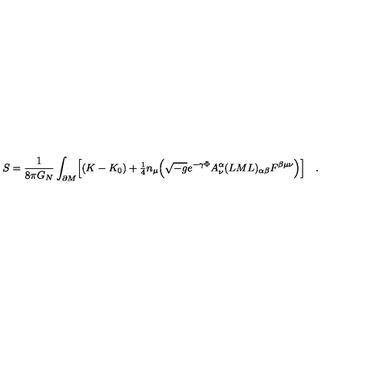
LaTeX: S = \frac { 1 } { 8 \pi G _ { N } } \int _ { \partial M } \Bigl [ ( K - K _ { 0 } ) + { \textstyle { \frac { 1 } { 4 } } } n _ { \mu } \Bigl ( \sqrt { - g } e ^ { - \gamma \Phi } A _ { \nu } ^ { \alpha } ( L M L ) _ { \alpha \beta } F ^ { \beta \mu \nu } \Bigr ) \Bigr ] \quad .